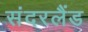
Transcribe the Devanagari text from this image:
संदरलैंड